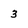
Character: 3